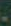
-